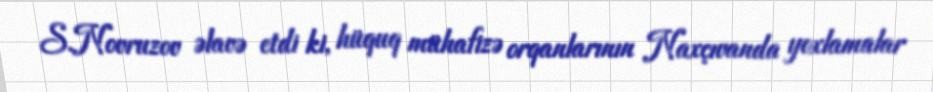
S.Novruzov əlavə etdi ki, hüquq mühafizə orqanlarının Naxçıvanda yoxlamalar